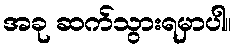
အခု ဆက်သွားရမှာပါ။